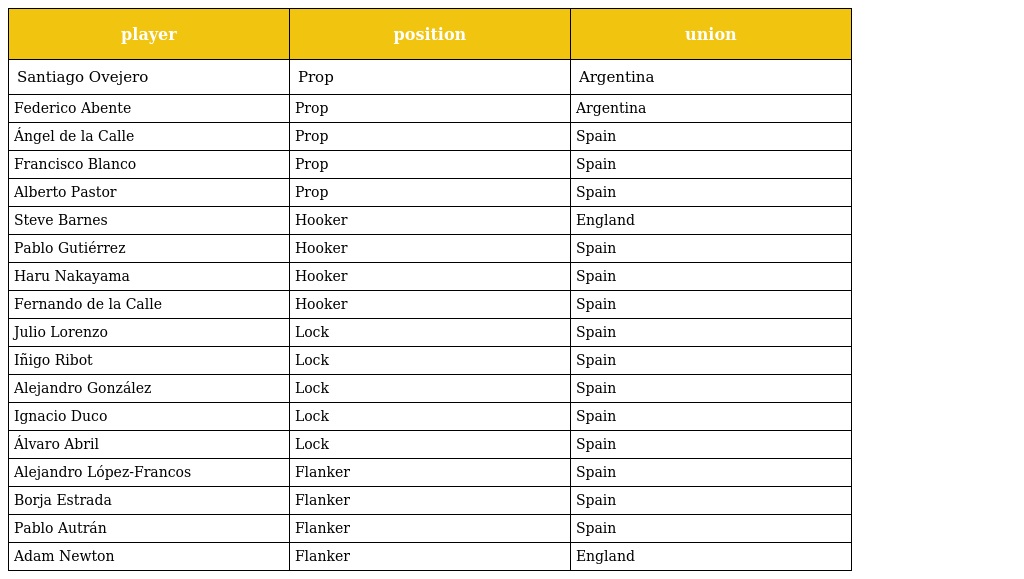
| player | position | union |
 | --- | --- | --- |
 | Santiago Ovejero | Prop | Argentina |
 | Federico Abente | Prop | Argentina |
 | Ángel de la Calle | Prop | Spain |
 | Francisco Blanco | Prop | Spain |
 | Alberto Pastor | Prop | Spain |
 | Steve Barnes | Hooker | England |
 | Pablo Gutiérrez | Hooker | Spain |
 | Haru Nakayama | Hooker | Spain |
 | Fernando de la Calle | Hooker | Spain |
 | Julio Lorenzo | Lock | Spain |
 | Iñigo Ribot | Lock | Spain |
 | Alejandro González | Lock | Spain |
 | Ignacio Duco | Lock | Spain |
 | Álvaro Abril | Lock | Spain |
 | Alejandro López-Francos | Flanker | Spain |
 | Borja Estrada | Flanker | Spain |
 | Pablo Autrán | Flanker | Spain |
 | Adam Newton | Flanker | England |